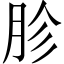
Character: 胗